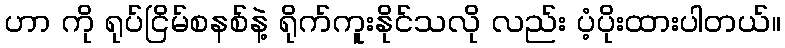
ဟာ ကို ရုပ်ငြိမ်စနစ်နဲ့ ရိုက်ကူးနိုင်သလို လည်း ပံ့ပိုးထားပါတယ်။